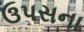
ઉપસના